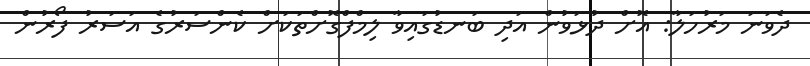
ދެވަނަ މަރުހަލާ: އޮށް ދުޅަވުން އަދި ބަނޑުގައިވާ ލިމްފްގޮށްތަކަށް ކެންސަރުގެ އަސަރު ފޯރުން